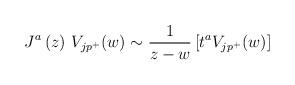
LaTeX: \begin{align*}J^a\left( z\right) \,V_{jp^{+}}(w)\sim \frac 1{z-w}\left[t^aV_{jp^{+}}(w)\right]\end{align*}